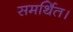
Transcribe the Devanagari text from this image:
समर्थित।